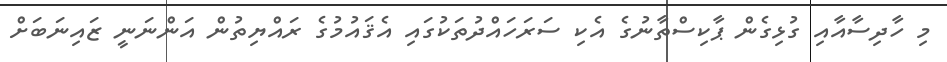
މި ހާދިސާއާއި ގުޅިގެން ޕާކިސްތާނުގެ އެކި ސަރަހައްދުތަކުގައި އެޤައުމުގެ ރައްޔިތުން އަންނަނީ ޒައިނަބަށް